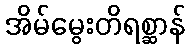
အိမ်မွေးတိရစ္ဆာန်